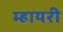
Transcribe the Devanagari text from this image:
म्हायरी